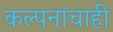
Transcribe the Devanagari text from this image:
कल्पनांचाही